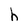
Character: h